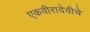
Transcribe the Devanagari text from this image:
एकवीरादेवीचे